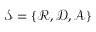
{ \mathcal { S } } = \{ { \mathcal { R } } , { \mathcal { D } } , { \mathcal { A } } \}